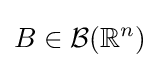
B\in {\mathcal {B}}(\mathbb {R} ^{n})